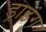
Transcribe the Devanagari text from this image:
ड्राइंंग